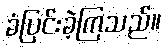
ခံပြင်းခဲ့ကြသည်။